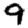
Digit: 9